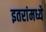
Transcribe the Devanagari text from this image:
इतरांमध्ये